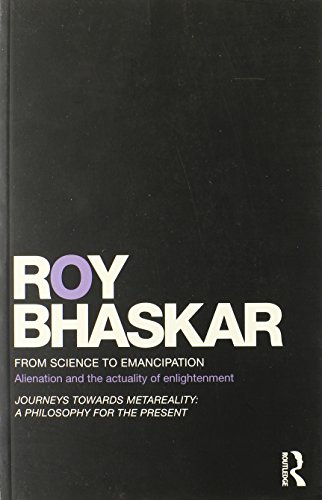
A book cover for From Science to Emancipation: Alienation and the Actuality of Enlightenment (Classical Texts in Critical Realism (Routledge Critical Realism)); Roy Bhaskar; Politics & Social Sciences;